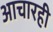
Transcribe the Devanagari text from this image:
आचारही